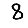
Digit: 8